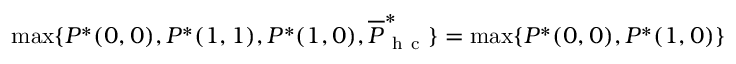
\operatorname* { m a x } \{ P ^ { * } ( 0 , 0 ) , P ^ { * } ( 1 , 1 ) , P ^ { * } ( 1 , 0 ) , \overline { { P } } _ { \mathrm { ~ h ~ c ~ } } ^ { * } \} = \operatorname* { m a x } \{ P ^ { * } ( 0 , 0 ) , P ^ { * } ( 1 , 0 ) \}